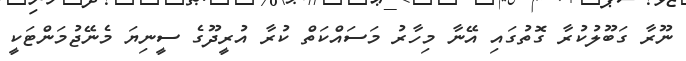
ނޫރާ ގަބޫލުކުރާ ގޮތުގައި އޭނާ މިހާރު މަސައްކަތް ކުރާ އުރީދޫގެ ސީނިޔަ މެނޭޖުމަންޓަކީ